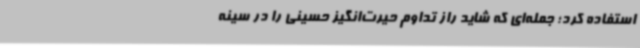
استفاده کرد؛ جمله‌ای که شاید راز تداوم حیرت‌انگیز حسینی را در سینه